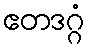
ဧတဒဂ္ဂံ